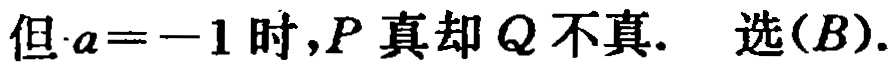
但\(a = -1\) 时，\(P\) 真却 \(Q\) 不真.  选\((B)\).